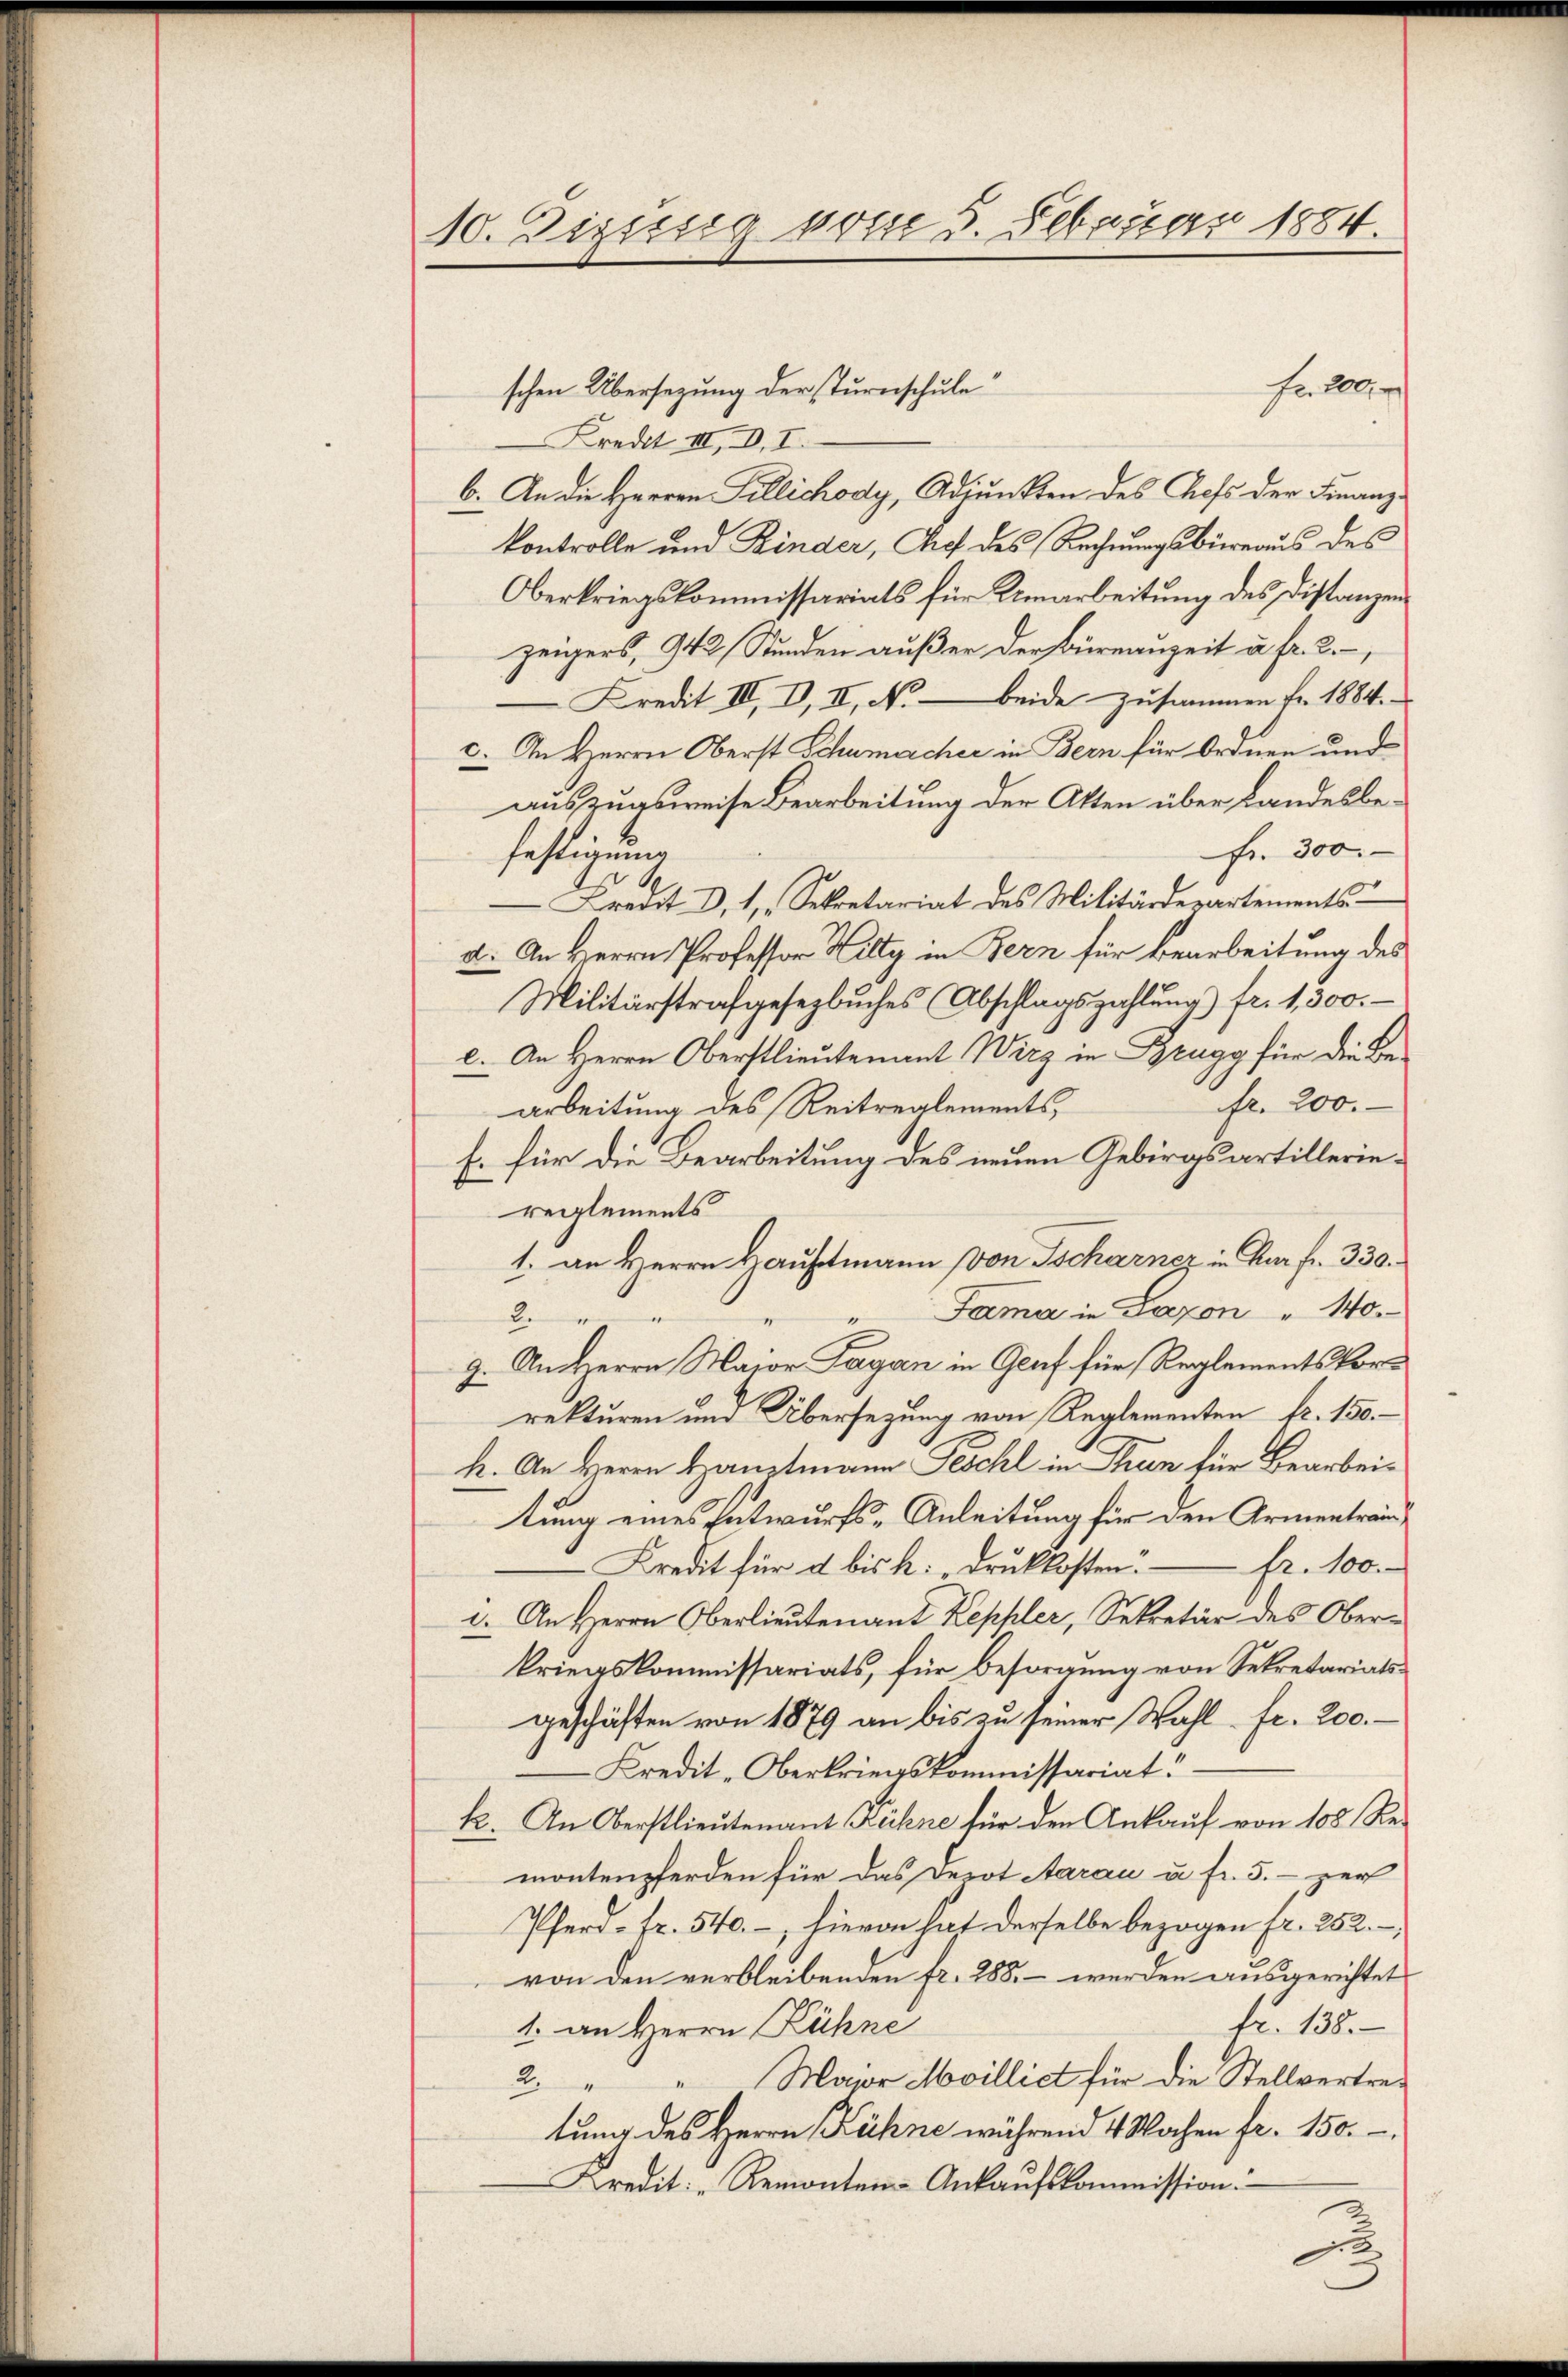
10. Dizissig vom 5. Februar 1884.

frillen
schen Übersezung der sturnschule
Kredit III, D, I.
b. An die Herren Pillichody, Adjunkten des Chefs der Finanz-
kontrolle und Kinder, Auf des Rechnungsbüreaus des
Oberkriegskommissariats für Umarbeitung des Distanzen
zeigers, 942 Stunden außer der Büreauzeit u. fr. 2.
Kredit III, II, II, No – beide zusammen Fr. 1884.
c. An Herrn Oberst Schumacher in Bern für Ordnen und
auszugsweise Bearbeitung der Atten über Landesbe¬
Fr. 300
festigung
Kredit d. 1, Sekretariat des Militärdepartements
d. An Herrn Professor Hilty in Bern für Bearbeitung des
Militärstrafgesezbuches (Abschlagszahlung) fr. 1,300.
e. An Herrn Oberstlieutenant Wirz in Brugg für die Befr. 200.
arbeitung des Reitreglements,
F. für die Bearbeitung des neuen Gebirgsartilleriereglements
1. an Herrn Hauptmann von Tscharnez in Kur fr. 330.
Fama in Laxon " 140.
2
"
9. An Herrn Major Lagan in Genf für Reglementsvorrekturen und Übersezung von Reglementen fr. 150.
h. An Herrn Hauptmann Peschl in Thun für Bearbeitung eines Entwurfs-Anleitung für den Armentrand¬
Kredit für d bis k. „Druckkosten. — Fr. 100.
1. An Herrn Oberlieutenant Keppler, Sekretär des Oberkriegskommissariats, für Besorgung von Sekretariatsgeschäften von 1879 an bis zu seiner Wahl fr. 200.
Kredit-Oberkriegskommissariat
k. An Oberstlieutenant Kühne für den Ankauf von 108 Re-
montenpferden für das Derot Aarau u. fr. 5. - zur
Pferd - Fr. 540.-, hievon hat derselbe bezogen fr. 252.
von den verbleibenden fr. 288. - werden ausgerichtet
fr. 138.
1. an Herrn Kühne
2. " " Major Mvillict für die Stellvertretung des Herrn Kühne während 4 Wochen fr. 150.-
Kredit. Remonten-Ankaufskommission: